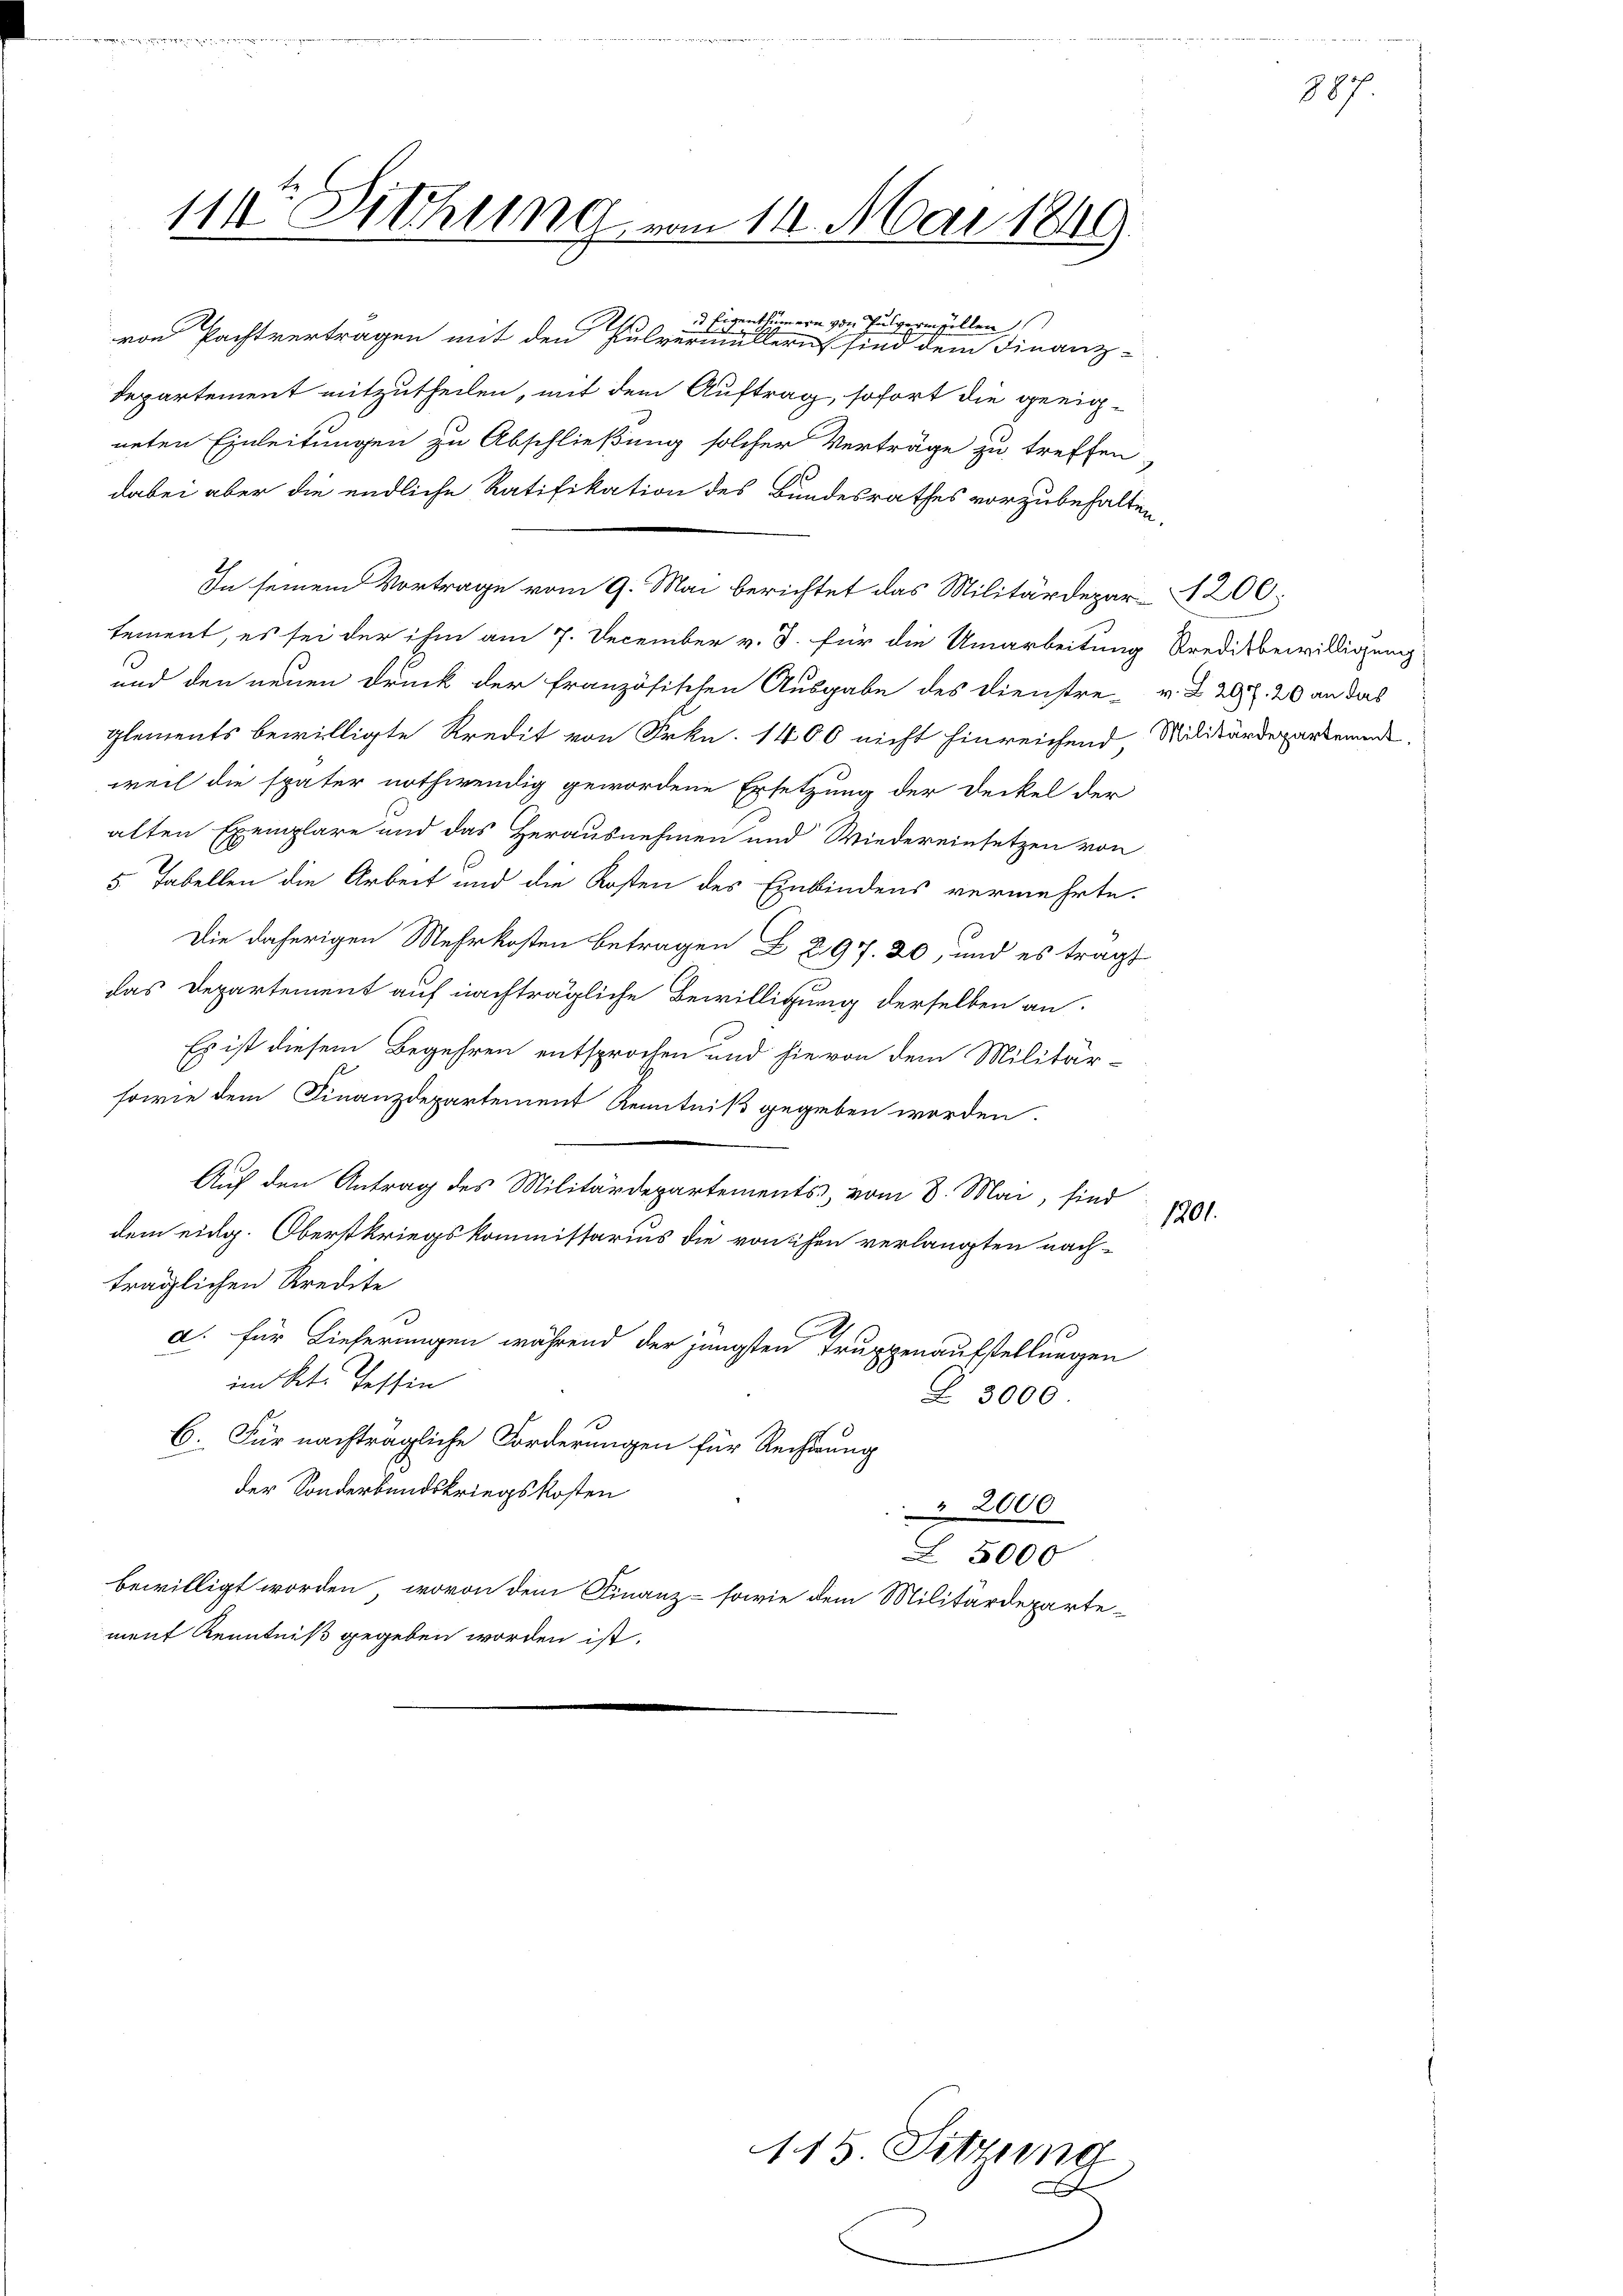
111o Sitzung vom 14. Mai 1849.

Departement mitzutheilen, mit dem Auftrag, sofort die geeigneten Einleitungen zu Abschließung solcher Verträge zu treffen
dabei aber die endliche Ratifikation des Bundesrathes vorzubehalten,
In seinem Vortrage vom 9. Mai berichtet das Militärdepar-4206;
tement, es sei der ihm am 7. December v. J. für die Umarbeitung Kreditbewilligung
und den neuen Druck der französischen Ausgabe des Dienstre-v. Z. 29. 20 an das
glements bewilligte Kredit von Frkn. 1400 nicht hinreichend, Militärdepartement
weil die später nothwendig gewordene Ersetzung der Deckel der
alten Exemplare und das Herausnehmen und Wiedereinsetzen von
5. Tabellen die Arbeit und die Kosten des Einbindens vermehrte.
Die daherigen Mehrkosten Betragen § 297. 20, und es tragt
das Departement auf nachträgliche Bewilligung derselben an.
Es ist diesem Begehren entsprochen und hievon dem Militär-
sowie dem Finanzdepartement Kenntniß gegeben worden.
Auf den Antrag des Militärdepartements, vom 8. Mai, sind
dem eidg. Oberstkriegskommissarius die von sichen verlangten nach-
träglichen Kredite
d
a. für Lieferungen während der jüngsten Truppenaufstellungen
im Kt. Tessin
Z 3000
C. Für nachträgliche Forderungen für Rechnung
der Sonderbundskriegskosten
2000
Z. 5000
bewilligt worden, wovon dem Finanz- sowie dem Militärdeparte-
ment Kenntniß gegeben worden ist.

2
genthümern von Pulvermellen
von Pachtvertragen mit den Pulvermüllern sind dem Finanz-

E

115. Sitzung

1801.

887.